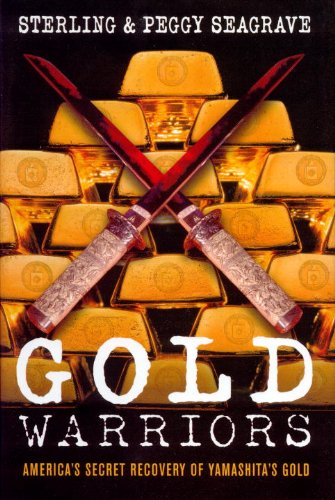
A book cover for Gold Warriors: America's Secret Recovery of Yamashita's Gold; Sterling Seagrave; History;